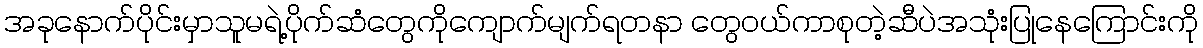
အခုနောက်ပိုင်းမှာသူမရဲ့ပိုက်ဆံတွေကိုကျောက်မျက်ရတနာ တွေဝယ်ကာစုတဲ့ဆီပဲအသုံးပြုနေကြောင်းကို